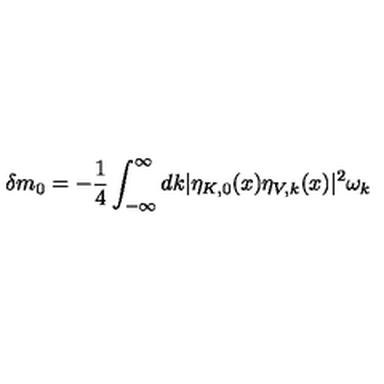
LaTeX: \delta m _ { 0 } = - \frac { 1 } { 4 } \int _ { - \infty } ^ { \infty } d k | \eta _ { K , 0 } ( x ) \eta _ { V , k } ( x ) | ^ { 2 } \omega _ { k }